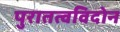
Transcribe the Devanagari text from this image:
पुरातत्वविदोन